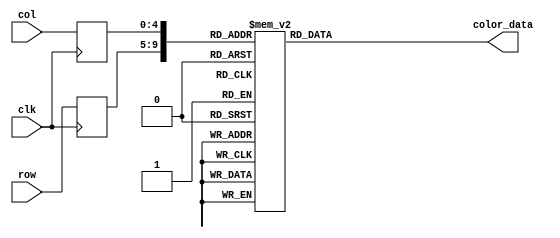
module omorleft_rom
	(
		input wire clk,
		input wire [4:0] row,
		input wire [4:0] col,
		output reg [11:0] color_data
	);

	(* rom_style = "block" *)

	//signal declaration
	reg [4:0] row_reg;
	reg [4:0] col_reg;

	always @(posedge clk)
		begin
		row_reg <= row;
		col_reg <= col;
		end

	always @*
	case ({row_reg, col_reg})
		10'b0000000000: color_data = 12'b000011111111;
		10'b0000000001: color_data = 12'b000011111111;
		10'b0000000010: color_data = 12'b000011111111;
		10'b0000000011: color_data = 12'b000011111111;
		10'b0000000100: color_data = 12'b000011111111;
		10'b0000000101: color_data = 12'b000011111111;
		10'b0000000110: color_data = 12'b000011111111;
		10'b0000000111: color_data = 12'b000011111111;
		10'b0000001000: color_data = 12'b000011111111;
		10'b0000001001: color_data = 12'b000011111111;
		10'b0000001010: color_data = 12'b000011111111;
		10'b0000001011: color_data = 12'b000011111111;
		10'b0000001100: color_data = 12'b000011111111;
		10'b0000001101: color_data = 12'b000011111111;
		10'b0000001110: color_data = 12'b000011111111;
		10'b0000001111: color_data = 12'b000000000000;
		10'b0000010000: color_data = 12'b000011111111;
		10'b0000010001: color_data = 12'b000011111111;
		10'b0000100000: color_data = 12'b000011111111;
		10'b0000100001: color_data = 12'b000011111111;
		10'b0000100010: color_data = 12'b000011111111;
		10'b0000100011: color_data = 12'b000011111111;
		10'b0000100100: color_data = 12'b000011111111;
		10'b0000100101: color_data = 12'b000000000000;
		10'b0000100110: color_data = 12'b000000000000;
		10'b0000100111: color_data = 12'b000000000000;
		10'b0000101000: color_data = 12'b000000000000;
		10'b0000101001: color_data = 12'b000000000000;
		10'b0000101010: color_data = 12'b000000000000;
		10'b0000101011: color_data = 12'b000000000000;
		10'b0000101100: color_data = 12'b000000000000;
		10'b0000101101: color_data = 12'b000011111111;
		10'b0000101110: color_data = 12'b000011111111;
		10'b0000101111: color_data = 12'b000000000000;
		10'b0000110000: color_data = 12'b000011111111;
		10'b0000110001: color_data = 12'b000011111111;
		10'b0001000000: color_data = 12'b000011111111;
		10'b0001000001: color_data = 12'b000011111111;
		10'b0001000010: color_data = 12'b000011111111;
		10'b0001000011: color_data = 12'b000000000000;
		10'b0001000100: color_data = 12'b000000000000;
		10'b0001000101: color_data = 12'b000000000000;
		10'b0001000110: color_data = 12'b000000000000;
		10'b0001000111: color_data = 12'b000000000000;
		10'b0001001000: color_data = 12'b000000000000;
		10'b0001001001: color_data = 12'b000000000000;
		10'b0001001010: color_data = 12'b000000000000;
		10'b0001001011: color_data = 12'b000000000000;
		10'b0001001100: color_data = 12'b000000000000;
		10'b0001001101: color_data = 12'b000000000000;
		10'b0001001110: color_data = 12'b000000000000;
		10'b0001001111: color_data = 12'b000000000000;
		10'b0001010000: color_data = 12'b000000000000;
		10'b0001010001: color_data = 12'b000000000000;
		10'b0001100000: color_data = 12'b000011111111;
		10'b0001100001: color_data = 12'b000011111111;
		10'b0001100010: color_data = 12'b000000000000;
		10'b0001100011: color_data = 12'b000000000000;
		10'b0001100100: color_data = 12'b000000000000;
		10'b0001100101: color_data = 12'b000000000000;
		10'b0001100110: color_data = 12'b000000000000;
		10'b0001100111: color_data = 12'b000000000000;
		10'b0001101000: color_data = 12'b000000000000;
		10'b0001101001: color_data = 12'b000000000000;
		10'b0001101010: color_data = 12'b000000000000;
		10'b0001101011: color_data = 12'b000000000000;
		10'b0001101100: color_data = 12'b000000000000;
		10'b0001101101: color_data = 12'b000000000000;
		10'b0001101110: color_data = 12'b000000000000;
		10'b0001101111: color_data = 12'b000000000000;
		10'b0001110000: color_data = 12'b000011111111;
		10'b0001110001: color_data = 12'b000011111111;
		10'b0010000000: color_data = 12'b000011111111;
		10'b0010000001: color_data = 12'b000000000000;
		10'b0010000010: color_data = 12'b000000000000;
		10'b0010000011: color_data = 12'b000000000000;
		10'b0010000100: color_data = 12'b000000000000;
		10'b0010000101: color_data = 12'b000000000000;
		10'b0010000110: color_data = 12'b000000000000;
		10'b0010000111: color_data = 12'b000000000000;
		10'b0010001000: color_data = 12'b000000000000;
		10'b0010001001: color_data = 12'b000000000000;
		10'b0010001010: color_data = 12'b000000000000;
		10'b0010001011: color_data = 12'b000000000000;
		10'b0010001100: color_data = 12'b000000000000;
		10'b0010001101: color_data = 12'b000000000000;
		10'b0010001110: color_data = 12'b000000000000;
		10'b0010001111: color_data = 12'b000000000000;
		10'b0010010000: color_data = 12'b000000000000;
		10'b0010010001: color_data = 12'b000011111111;
		10'b0010100000: color_data = 12'b000011111111;
		10'b0010100001: color_data = 12'b000000000000;
		10'b0010100010: color_data = 12'b000000000000;
		10'b0010100011: color_data = 12'b000000000000;
		10'b0010100100: color_data = 12'b000000000000;
		10'b0010100101: color_data = 12'b000000000000;
		10'b0010100110: color_data = 12'b000000000000;
		10'b0010100111: color_data = 12'b000000000000;
		10'b0010101000: color_data = 12'b000000000000;
		10'b0010101001: color_data = 12'b000000000000;
		10'b0010101010: color_data = 12'b000000000000;
		10'b0010101011: color_data = 12'b000000000000;
		10'b0010101100: color_data = 12'b000000000000;
		10'b0010101101: color_data = 12'b000000000000;
		10'b0010101110: color_data = 12'b000000000000;
		10'b0010101111: color_data = 12'b000000000000;
		10'b0010110000: color_data = 12'b000000000000;
		10'b0010110001: color_data = 12'b000011111111;
		10'b0011000000: color_data = 12'b000000000000;
		10'b0011000001: color_data = 12'b000000000000;
		10'b0011000010: color_data = 12'b000000000000;
		10'b0011000011: color_data = 12'b000000000000;
		10'b0011000100: color_data = 12'b000000000000;
		10'b0011000101: color_data = 12'b000000000000;
		10'b0011000110: color_data = 12'b000000000000;
		10'b0011000111: color_data = 12'b000000000000;
		10'b0011001000: color_data = 12'b000000000000;
		10'b0011001001: color_data = 12'b000000000000;
		10'b0011001010: color_data = 12'b000000000000;
		10'b0011001011: color_data = 12'b000000000000;
		10'b0011001100: color_data = 12'b000000000000;
		10'b0011001101: color_data = 12'b000000000000;
		10'b0011001110: color_data = 12'b000000000000;
		10'b0011001111: color_data = 12'b000000000000;
		10'b0011010000: color_data = 12'b000000000000;
		10'b0011010001: color_data = 12'b000000000000;
		10'b0011100000: color_data = 12'b000000000000;
		10'b0011100001: color_data = 12'b000000000000;
		10'b0011100010: color_data = 12'b000000000000;
		10'b0011100011: color_data = 12'b000000000000;
		10'b0011100100: color_data = 12'b000000000000;
		10'b0011100101: color_data = 12'b000000000000;
		10'b0011100110: color_data = 12'b000000000000;
		10'b0011100111: color_data = 12'b000000000000;
		10'b0011101000: color_data = 12'b000000000000;
		10'b0011101001: color_data = 12'b000000000000;
		10'b0011101010: color_data = 12'b000000000000;
		10'b0011101011: color_data = 12'b000000000000;
		10'b0011101100: color_data = 12'b000000000000;
		10'b0011101101: color_data = 12'b000000000000;
		10'b0011101110: color_data = 12'b000000000000;
		10'b0011101111: color_data = 12'b000000000000;
		10'b0011110000: color_data = 12'b000000000000;
		10'b0011110001: color_data = 12'b000000000000;
		10'b0100000000: color_data = 12'b000000000000;
		10'b0100000001: color_data = 12'b000000000000;
		10'b0100000010: color_data = 12'b000000000000;
		10'b0100000011: color_data = 12'b000000000000;
		10'b0100000100: color_data = 12'b000000000000;
		10'b0100000101: color_data = 12'b000000000000;
		10'b0100000110: color_data = 12'b000000000000;
		10'b0100000111: color_data = 12'b000000000000;
		10'b0100001000: color_data = 12'b000000000000;
		10'b0100001001: color_data = 12'b000000000000;
		10'b0100001010: color_data = 12'b000000000000;
		10'b0100001011: color_data = 12'b000000000000;
		10'b0100001100: color_data = 12'b000000000000;
		10'b0100001101: color_data = 12'b000000000000;
		10'b0100001110: color_data = 12'b000000000000;
		10'b0100001111: color_data = 12'b000000000000;
		10'b0100010000: color_data = 12'b000000000000;
		10'b0100010001: color_data = 12'b000000000000;
		10'b0100100000: color_data = 12'b000000000000;
		10'b0100100001: color_data = 12'b000000000000;
		10'b0100100010: color_data = 12'b000000000000;
		10'b0100100011: color_data = 12'b000000000000;
		10'b0100100100: color_data = 12'b000000000000;
		10'b0100100101: color_data = 12'b111111111111;
		10'b0100100110: color_data = 12'b111111111111;
		10'b0100100111: color_data = 12'b000000000000;
		10'b0100101000: color_data = 12'b000000000000;
		10'b0100101001: color_data = 12'b000000000000;
		10'b0100101010: color_data = 12'b000000000000;
		10'b0100101011: color_data = 12'b000000000000;
		10'b0100101100: color_data = 12'b111111111111;
		10'b0100101101: color_data = 12'b000000000000;
		10'b0100101110: color_data = 12'b000000000000;
		10'b0100101111: color_data = 12'b000000000000;
		10'b0100110000: color_data = 12'b000000000000;
		10'b0100110001: color_data = 12'b000000000000;
		10'b0101000000: color_data = 12'b000011111111;
		10'b0101000001: color_data = 12'b000000000000;
		10'b0101000010: color_data = 12'b000000000000;
		10'b0101000011: color_data = 12'b000000000000;
		10'b0101000100: color_data = 12'b111111111111;
		10'b0101000101: color_data = 12'b111111111111;
		10'b0101000110: color_data = 12'b111111111111;
		10'b0101000111: color_data = 12'b111111111111;
		10'b0101001000: color_data = 12'b000000000000;
		10'b0101001001: color_data = 12'b000000000000;
		10'b0101001010: color_data = 12'b000000000000;
		10'b0101001011: color_data = 12'b111111111111;
		10'b0101001100: color_data = 12'b111111111111;
		10'b0101001101: color_data = 12'b000000000000;
		10'b0101001110: color_data = 12'b000000000000;
		10'b0101001111: color_data = 12'b000000000000;
		10'b0101010000: color_data = 12'b000000000000;
		10'b0101010001: color_data = 12'b000011111111;
		10'b0101100000: color_data = 12'b000011111111;
		10'b0101100001: color_data = 12'b000000000000;
		10'b0101100010: color_data = 12'b000000000000;
		10'b0101100011: color_data = 12'b111111111111;
		10'b0101100100: color_data = 12'b111111111111;
		10'b0101100101: color_data = 12'b000000000000;
		10'b0101100110: color_data = 12'b111111111111;
		10'b0101100111: color_data = 12'b111111111111;
		10'b0101101000: color_data = 12'b111111111111;
		10'b0101101001: color_data = 12'b000000000000;
		10'b0101101010: color_data = 12'b000000000000;
		10'b0101101011: color_data = 12'b111111111111;
		10'b0101101100: color_data = 12'b111111111111;
		10'b0101101101: color_data = 12'b000000000000;
		10'b0101101110: color_data = 12'b000000000000;
		10'b0101101111: color_data = 12'b000000000000;
		10'b0101110000: color_data = 12'b000000000000;
		10'b0101110001: color_data = 12'b000011111111;
		10'b0110000000: color_data = 12'b000011111111;
		10'b0110000001: color_data = 12'b000011111111;
		10'b0110000010: color_data = 12'b000000000000;
		10'b0110000011: color_data = 12'b111111111111;
		10'b0110000100: color_data = 12'b111111111111;
		10'b0110000101: color_data = 12'b000000000000;
		10'b0110000110: color_data = 12'b111111111111;
		10'b0110000111: color_data = 12'b111111111111;
		10'b0110001000: color_data = 12'b111111111111;
		10'b0110001001: color_data = 12'b111111111111;
		10'b0110001010: color_data = 12'b000000000000;
		10'b0110001011: color_data = 12'b111111111111;
		10'b0110001100: color_data = 12'b000000000000;
		10'b0110001101: color_data = 12'b000000000000;
		10'b0110001110: color_data = 12'b000000000000;
		10'b0110001111: color_data = 12'b000000000000;
		10'b0110010000: color_data = 12'b000011111111;
		10'b0110010001: color_data = 12'b000011111111;
		10'b0110100000: color_data = 12'b000011111111;
		10'b0110100001: color_data = 12'b000011111111;
		10'b0110100010: color_data = 12'b000000000000;
		10'b0110100011: color_data = 12'b111111111111;
		10'b0110100100: color_data = 12'b111111111111;
		10'b0110100101: color_data = 12'b000000000000;
		10'b0110100110: color_data = 12'b111111111111;
		10'b0110100111: color_data = 12'b111111111111;
		10'b0110101000: color_data = 12'b111111111111;
		10'b0110101001: color_data = 12'b111111111111;
		10'b0110101010: color_data = 12'b111111111111;
		10'b0110101011: color_data = 12'b000000000000;
		10'b0110101100: color_data = 12'b000000000000;
		10'b0110101101: color_data = 12'b000000000000;
		10'b0110101110: color_data = 12'b000000000000;
		10'b0110101111: color_data = 12'b000011111111;
		10'b0110110000: color_data = 12'b000011111111;
		10'b0110110001: color_data = 12'b000011111111;
		10'b0111000000: color_data = 12'b000011111111;
		10'b0111000001: color_data = 12'b000011111111;
		10'b0111000010: color_data = 12'b000011111111;
		10'b0111000011: color_data = 12'b000000000000;
		10'b0111000100: color_data = 12'b111111111111;
		10'b0111000101: color_data = 12'b111111111111;
		10'b0111000110: color_data = 12'b111111111111;
		10'b0111000111: color_data = 12'b111111111111;
		10'b0111001000: color_data = 12'b111111111111;
		10'b0111001001: color_data = 12'b111111111111;
		10'b0111001010: color_data = 12'b111111111111;
		10'b0111001011: color_data = 12'b000000000000;
		10'b0111001100: color_data = 12'b000000000000;
		10'b0111001101: color_data = 12'b000000000000;
		10'b0111001110: color_data = 12'b000011111111;
		10'b0111001111: color_data = 12'b000011111111;
		10'b0111010000: color_data = 12'b000011111111;
		10'b0111010001: color_data = 12'b000011111111;
		10'b0111100000: color_data = 12'b000011111111;
		10'b0111100001: color_data = 12'b000011111111;
		10'b0111100010: color_data = 12'b000011111111;
		10'b0111100011: color_data = 12'b000011111111;
		10'b0111100100: color_data = 12'b000000000000;
		10'b0111100101: color_data = 12'b111111111111;
		10'b0111100110: color_data = 12'b111111111111;
		10'b0111100111: color_data = 12'b111111111111;
		10'b0111101000: color_data = 12'b111111111111;
		10'b0111101001: color_data = 12'b111111111111;
		10'b0111101010: color_data = 12'b000000000000;
		10'b0111101011: color_data = 12'b000000000000;
		10'b0111101100: color_data = 12'b000011111111;
		10'b0111101101: color_data = 12'b000011111111;
		10'b0111101110: color_data = 12'b000011111111;
		10'b0111101111: color_data = 12'b000011111111;
		10'b0111110000: color_data = 12'b000011111111;
		10'b0111110001: color_data = 12'b000011111111;
		10'b1000000000: color_data = 12'b000011111111;
		10'b1000000001: color_data = 12'b000011111111;
		10'b1000000010: color_data = 12'b000011111111;
		10'b1000000011: color_data = 12'b000011111111;
		10'b1000000100: color_data = 12'b000011111111;
		10'b1000000101: color_data = 12'b000000000000;
		10'b1000000110: color_data = 12'b000000000000;
		10'b1000000111: color_data = 12'b000000000000;
		10'b1000001000: color_data = 12'b000000000000;
		10'b1000001001: color_data = 12'b000000000000;
		10'b1000001010: color_data = 12'b000000000000;
		10'b1000001011: color_data = 12'b000000000000;
		10'b1000001100: color_data = 12'b000011111111;
		10'b1000001101: color_data = 12'b000011111111;
		10'b1000001110: color_data = 12'b000011111111;
		10'b1000001111: color_data = 12'b000011111111;
		10'b1000010000: color_data = 12'b000011111111;
		10'b1000010001: color_data = 12'b000011111111;
		10'b1000100000: color_data = 12'b000011111111;
		10'b1000100001: color_data = 12'b000011111111;
		10'b1000100010: color_data = 12'b000011111111;
		10'b1000100011: color_data = 12'b000011111111;
		10'b1000100100: color_data = 12'b000011111111;
		10'b1000100101: color_data = 12'b000011111111;
		10'b1000100110: color_data = 12'b000000000000;
		10'b1000100111: color_data = 12'b111111111111;
		10'b1000101000: color_data = 12'b000000000000;
		10'b1000101001: color_data = 12'b111111111111;
		10'b1000101010: color_data = 12'b000000000000;
		10'b1000101011: color_data = 12'b000011111111;
		10'b1000101100: color_data = 12'b000011111111;
		10'b1000101101: color_data = 12'b000011111111;
		10'b1000101110: color_data = 12'b000011111111;
		10'b1000101111: color_data = 12'b000011111111;
		10'b1000110000: color_data = 12'b000011111111;
		10'b1000110001: color_data = 12'b000011111111;
		10'b1001000000: color_data = 12'b000011111111;
		10'b1001000001: color_data = 12'b000011111111;
		10'b1001000010: color_data = 12'b000011111111;
		10'b1001000011: color_data = 12'b000011111111;
		10'b1001000100: color_data = 12'b000011111111;
		10'b1001000101: color_data = 12'b000000000000;
		10'b1001000110: color_data = 12'b000000000000;
		10'b1001000111: color_data = 12'b000000000000;
		10'b1001001000: color_data = 12'b111111111111;
		10'b1001001001: color_data = 12'b111111111111;
		10'b1001001010: color_data = 12'b000000000000;
		10'b1001001011: color_data = 12'b000000000000;
		10'b1001001100: color_data = 12'b000011111111;
		10'b1001001101: color_data = 12'b000011111111;
		10'b1001001110: color_data = 12'b000011111111;
		10'b1001001111: color_data = 12'b000011111111;
		10'b1001010000: color_data = 12'b000011111111;
		10'b1001010001: color_data = 12'b000011111111;
		10'b1001100000: color_data = 12'b000011111111;
		10'b1001100001: color_data = 12'b000011111111;
		10'b1001100010: color_data = 12'b000011111111;
		10'b1001100011: color_data = 12'b000011111111;
		10'b1001100100: color_data = 12'b000011111111;
		10'b1001100101: color_data = 12'b000000000000;
		10'b1001100110: color_data = 12'b000000000000;
		10'b1001100111: color_data = 12'b000000000000;
		10'b1001101000: color_data = 12'b111111111111;
		10'b1001101001: color_data = 12'b111111111111;
		10'b1001101010: color_data = 12'b000000000000;
		10'b1001101011: color_data = 12'b000000000000;
		10'b1001101100: color_data = 12'b000011111111;
		10'b1001101101: color_data = 12'b000011111111;
		10'b1001101110: color_data = 12'b000011111111;
		10'b1001101111: color_data = 12'b000011111111;
		10'b1001110000: color_data = 12'b000011111111;
		10'b1001110001: color_data = 12'b000011111111;
		10'b1010000000: color_data = 12'b000011111111;
		10'b1010000001: color_data = 12'b000011111111;
		10'b1010000010: color_data = 12'b000011111111;
		10'b1010000011: color_data = 12'b000011111111;
		10'b1010000100: color_data = 12'b000011111111;
		10'b1010000101: color_data = 12'b000000000000;
		10'b1010000110: color_data = 12'b000000000000;
		10'b1010000111: color_data = 12'b111111111111;
		10'b1010001000: color_data = 12'b111111111111;
		10'b1010001001: color_data = 12'b111111111111;
		10'b1010001010: color_data = 12'b000000000000;
		10'b1010001011: color_data = 12'b000000000000;
		10'b1010001100: color_data = 12'b000011111111;
		10'b1010001101: color_data = 12'b000011111111;
		10'b1010001110: color_data = 12'b000011111111;
		10'b1010001111: color_data = 12'b000011111111;
		10'b1010010000: color_data = 12'b000011111111;
		10'b1010010001: color_data = 12'b000011111111;
		10'b1010100000: color_data = 12'b000011111111;
		10'b1010100001: color_data = 12'b000011111111;
		10'b1010100010: color_data = 12'b000011111111;
		10'b1010100011: color_data = 12'b000011111111;
		10'b1010100100: color_data = 12'b000011111111;
		10'b1010100101: color_data = 12'b000000000000;
		10'b1010100110: color_data = 12'b000000000000;
		10'b1010100111: color_data = 12'b111111111111;
		10'b1010101000: color_data = 12'b111111111111;
		10'b1010101001: color_data = 12'b111111111111;
		10'b1010101010: color_data = 12'b000000000000;
		10'b1010101011: color_data = 12'b000000000000;
		10'b1010101100: color_data = 12'b000011111111;
		10'b1010101101: color_data = 12'b000011111111;
		10'b1010101110: color_data = 12'b000011111111;
		10'b1010101111: color_data = 12'b000011111111;
		10'b1010110000: color_data = 12'b000011111111;
		10'b1010110001: color_data = 12'b000011111111;
		10'b1011000000: color_data = 12'b000011111111;
		10'b1011000001: color_data = 12'b000011111111;
		10'b1011000010: color_data = 12'b000011111111;
		10'b1011000011: color_data = 12'b000011111111;
		10'b1011000100: color_data = 12'b000011111111;
		10'b1011000101: color_data = 12'b000011111111;
		10'b1011000110: color_data = 12'b000000000000;
		10'b1011000111: color_data = 12'b000000000000;
		10'b1011001000: color_data = 12'b000000000000;
		10'b1011001001: color_data = 12'b000000000000;
		10'b1011001010: color_data = 12'b000000000000;
		10'b1011001011: color_data = 12'b000000000000;
		10'b1011001100: color_data = 12'b000011111111;
		10'b1011001101: color_data = 12'b000011111111;
		10'b1011001110: color_data = 12'b000011111111;
		10'b1011001111: color_data = 12'b000011111111;
		10'b1011010000: color_data = 12'b000011111111;
		10'b1011010001: color_data = 12'b000011111111;
		10'b1011100000: color_data = 12'b000011111111;
		10'b1011100001: color_data = 12'b000011111111;
		10'b1011100010: color_data = 12'b000011111111;
		10'b1011100011: color_data = 12'b000011111111;
		10'b1011100100: color_data = 12'b000011111111;
		10'b1011100101: color_data = 12'b000011111111;
		10'b1011100110: color_data = 12'b000000000000;
		10'b1011100111: color_data = 12'b000000000000;
		10'b1011101000: color_data = 12'b111111111111;
		10'b1011101001: color_data = 12'b000000000000;
		10'b1011101010: color_data = 12'b111111111111;
		10'b1011101011: color_data = 12'b000000000000;
		10'b1011101100: color_data = 12'b000011111111;
		10'b1011101101: color_data = 12'b000011111111;
		10'b1011101110: color_data = 12'b000011111111;
		10'b1011101111: color_data = 12'b000011111111;
		10'b1011110000: color_data = 12'b000011111111;
		10'b1011110001: color_data = 12'b000011111111;
		10'b1100000000: color_data = 12'b000011111111;
		10'b1100000001: color_data = 12'b000011111111;
		10'b1100000010: color_data = 12'b000011111111;
		10'b1100000011: color_data = 12'b000011111111;
		10'b1100000100: color_data = 12'b000011111111;
		10'b1100000101: color_data = 12'b000011111111;
		10'b1100000110: color_data = 12'b000011111111;
		10'b1100000111: color_data = 12'b000000000000;
		10'b1100001000: color_data = 12'b000000000000;
		10'b1100001001: color_data = 12'b000000000000;
		10'b1100001010: color_data = 12'b000000000000;
		10'b1100001011: color_data = 12'b000000000000;
		10'b1100001100: color_data = 12'b000011111111;
		10'b1100001101: color_data = 12'b000011111111;
		10'b1100001110: color_data = 12'b000011111111;
		10'b1100001111: color_data = 12'b000011111111;
		10'b1100010000: color_data = 12'b000011111111;
		10'b1100010001: color_data = 12'b000011111111;
		10'b1100100000: color_data = 12'b000011111111;
		10'b1100100001: color_data = 12'b000011111111;
		10'b1100100010: color_data = 12'b000011111111;
		10'b1100100011: color_data = 12'b000011111111;
		10'b1100100100: color_data = 12'b000011111111;
		10'b1100100101: color_data = 12'b000011111111;
		10'b1100100110: color_data = 12'b000011111111;
		10'b1100100111: color_data = 12'b000000000000;
		10'b1100101000: color_data = 12'b111111111111;
		10'b1100101001: color_data = 12'b111111111111;
		10'b1100101010: color_data = 12'b000000000000;
		10'b1100101011: color_data = 12'b000011111111;
		10'b1100101100: color_data = 12'b000011111111;
		10'b1100101101: color_data = 12'b000011111111;
		10'b1100101110: color_data = 12'b000011111111;
		10'b1100101111: color_data = 12'b000011111111;
		10'b1100110000: color_data = 12'b000011111111;
		10'b1100110001: color_data = 12'b000011111111;
		10'b1101000000: color_data = 12'b000011111111;
		10'b1101000001: color_data = 12'b000011111111;
		10'b1101000010: color_data = 12'b000011111111;
		10'b1101000011: color_data = 12'b000011111111;
		10'b1101000100: color_data = 12'b000011111111;
		10'b1101000101: color_data = 12'b000011111111;
		10'b1101000110: color_data = 12'b000000000000;
		10'b1101000111: color_data = 12'b000000000000;
		10'b1101001000: color_data = 12'b000000000000;
		10'b1101001001: color_data = 12'b000000000000;
		10'b1101001010: color_data = 12'b000000000000;
		10'b1101001011: color_data = 12'b000011111111;
		10'b1101001100: color_data = 12'b000011111111;
		10'b1101001101: color_data = 12'b000011111111;
		10'b1101001110: color_data = 12'b000011111111;
		10'b1101001111: color_data = 12'b000011111111;
		10'b1101010000: color_data = 12'b000011111111;
		10'b1101010001: color_data = 12'b000011111111;
		10'b1101100000: color_data = 12'b000011111111;
		10'b1101100001: color_data = 12'b000011111111;
		10'b1101100010: color_data = 12'b000011111111;
		10'b1101100011: color_data = 12'b000011111111;
		10'b1101100100: color_data = 12'b000011111111;
		10'b1101100101: color_data = 12'b000011111111;
		10'b1101100110: color_data = 12'b000011111111;
		10'b1101100111: color_data = 12'b000000000000;
		10'b1101101000: color_data = 12'b000000000000;
		10'b1101101001: color_data = 12'b000000000000;
		10'b1101101010: color_data = 12'b000011111111;
		10'b1101101011: color_data = 12'b000011111111;
		10'b1101101100: color_data = 12'b000011111111;
		10'b1101101101: color_data = 12'b000011111111;
		10'b1101101110: color_data = 12'b000011111111;
		10'b1101101111: color_data = 12'b000011111111;
		10'b1101110000: color_data = 12'b000011111111;
		10'b1101110001: color_data = 12'b000011111111;
		default: color_data = 12'b000000000000;
	endcase
endmodule